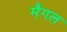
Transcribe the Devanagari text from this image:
मैंगल